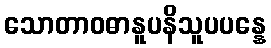
သောတာဝဓာနူပနိသူပပန္နေ